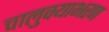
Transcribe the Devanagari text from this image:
चालुक्याभरण